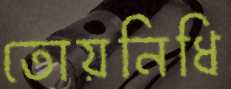
তোয়নিধি